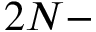
2 N -